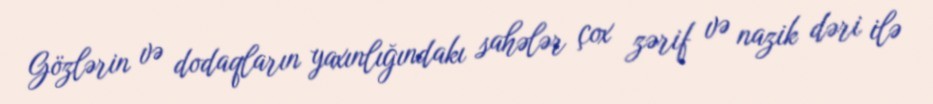
Gözlərin və dodaqların yaxınlığındakı sahələr çox zərif və nazik dəri ilə